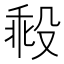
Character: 𣪜